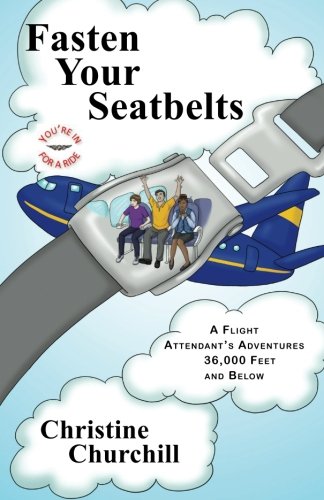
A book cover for Fasten Your Seatbelts: A Flight Attendant's Adventures 36,000 Feet and Below; Christine Churchill; Humor & Entertainment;